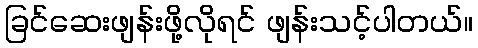
ခြင်ဆေးဖျန်းဖို့လိုရင် ဖျန်းသင့်ပါတယ်။